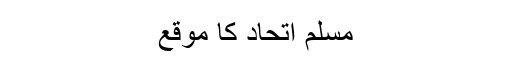
مسلم اتحاد کا موقع